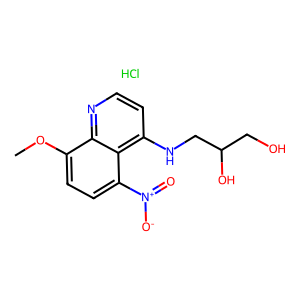
SMILES: COc1ccc([N+](=O)[O-])c2c(NCC(O)CO)ccnc12.Cl
Inhibits HIV replication: No